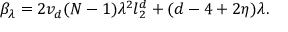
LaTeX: \beta _ { \lambda } = 2 v _ { d } ( N - 1 ) \lambda ^ { 2 } l _ { 2 } ^ { d } + ( d - 4 + 2 \eta ) \lambda .